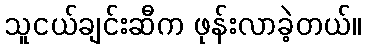
သူငယ်ချင်းဆီက ဖုန်းလာခဲ့တယ်။